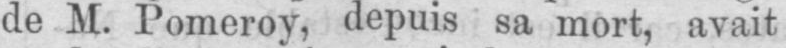
de M. Pomeroy, depuis sa mort, avait